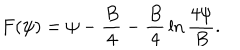
F ( \psi ) = \psi - { \frac { B } { 4 } } - { \frac { B } { 4 } } \ln { \frac { 4 \psi } { B } } .